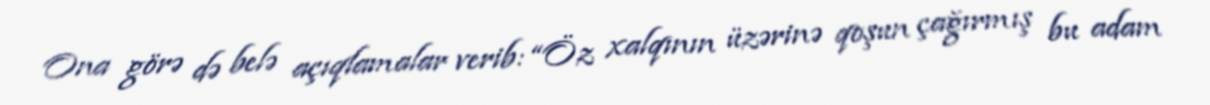
Ona görə də belə açıqlamalar verib: “Öz xalqının üzərinə qoşun çağırmış bu adam